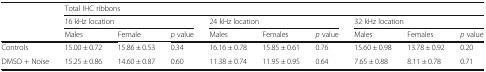
| <ROWSPAN=3>  | <COLSPAN=9> Total IHC ribbons |
 | <COLSPAN=3> 16 kHz location | <COLSPAN=3> 24 kHz location | <COLSPAN=3> 32 kHz location |
 | Males | Female | p value | Males | Females | p value | Males | Females | p value |
 | --- | --- | --- | --- | --- | --- | --- | --- | --- | --- |
 | Controls | 15.00 ± 0.72 | 15.86 ± 0.53 | 0.34 | 16.16 ± 0.78 | 15.85 ± 0.61 | 0.76 | 15.60 ± 0.98 | 13.78 ± 0.92 | 0.20 |
 | DMSO + Noise | 15.25 ± 0.86 | 14.60 ± 0.87 | 0.60 | 11.38 ± 0.74 | 11.95 ± 0.95 | 0.64 | 7.65 ± 0.88 | 8.11 ± 0.78 | 0.71 |